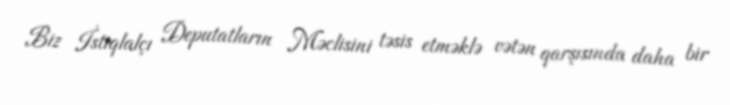
Biz İstiqlalçı Deputatların Məclisini təsis etməklə vətən qarşısında daha bir